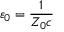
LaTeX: \varepsilon _ { 0 } = { \frac { 1 } { Z _ { 0 } c } }